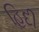
હિદી